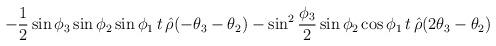
\begin{align*}\!\!\!\!\!\!\!\!\!\! -{1\over 2}\sin{\phi_3}\sin{\phi_2} \sin{\phi_1}\, t\,\hat{\rho}(-\theta_3-\theta_2) - \sin^2{\phi_3\over 2}\sin{\phi_2}\cos{\phi_1}\, t\,\hat{\rho} (2\theta_3 -\theta_2)\end{align*}